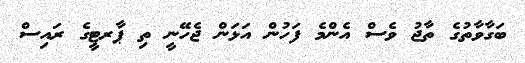
ބަގާވާތުގެ ތާޖު ވެސް އެންމެ ފަހުން އަޅަން ޖެހޭނީ ތި ޕާރޓީގެ ރައިސް